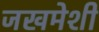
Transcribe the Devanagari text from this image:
जखमेशी